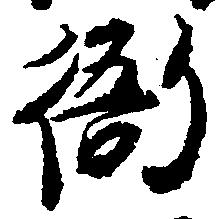
衙